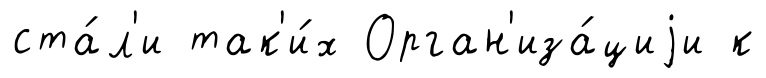
ста́л'и так'и́х Орган'иза́циjи к